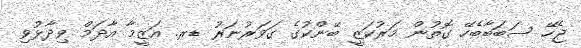
ޖެހޭ ސަބަބާބެހޭ ގޮތުން މަރުކަޒީ ބޭންކުގެ ގަވަރުނަރު ޑރ. އަޒީމާ އާދަމް ވިދާޅުވި